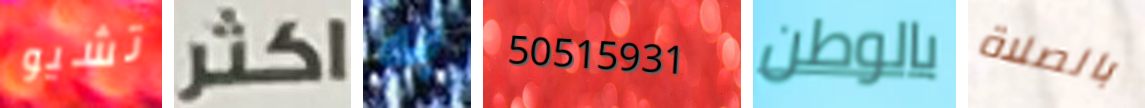
تشيو اكثر به 50515931 بالوطن بالصلاة